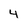
Character: 4